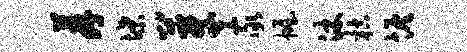
荐堞芽家幄沐枯恢